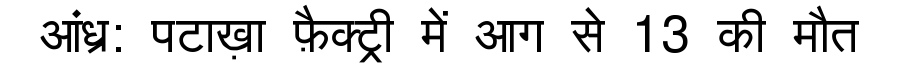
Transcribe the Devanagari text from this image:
आंध्र: पटाख़ा फ़ैक्ट्री में आग से 13 की मौत